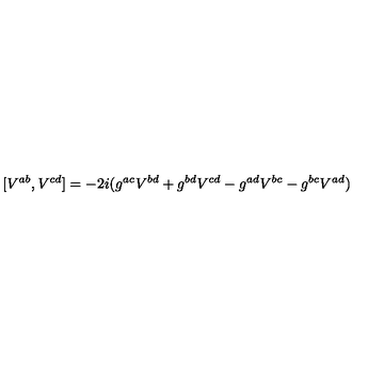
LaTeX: [ V ^ { a b } , V ^ { c d } ] = - 2 i ( g ^ { a c } V ^ { b d } + g ^ { b d } V ^ { c d } - g ^ { a d } V ^ { b c } - g ^ { b c } V ^ { a d } )